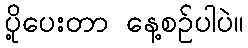
ပို့ပေးတာ နေ့စဉ်ပါပဲ။